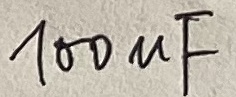
Text: 100µF